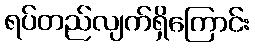
ရပ်တည်လျက်ရှိကြောင်း